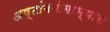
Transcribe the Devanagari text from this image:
अष्टांगयोगाभ्यास